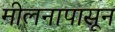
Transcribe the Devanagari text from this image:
मीलनापासून